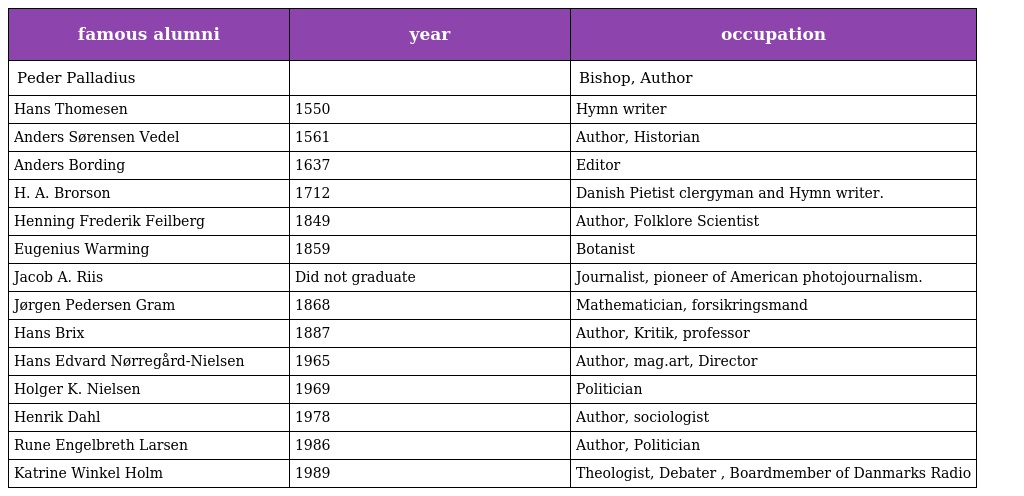
| famous alumni | year | occupation |
 | --- | --- | --- |
 | Peder Palladius |  | Bishop, Author |
 | Hans Thomesen | 1550 | Hymn writer |
 | Anders Sørensen Vedel | 1561 | Author, Historian |
 | Anders Bording | 1637 | Editor |
 | H. A. Brorson | 1712 | Danish Pietist clergyman and Hymn writer. |
 | Henning Frederik Feilberg | 1849 | Author, Folklore Scientist |
 | Eugenius Warming | 1859 | Botanist |
 | Jacob A. Riis | Did not graduate | Journalist, pioneer of American photojournalism. |
 | Jørgen Pedersen Gram | 1868 | Mathematician, forsikringsmand |
 | Hans Brix | 1887 | Author, Kritik, professor |
 | Hans Edvard Nørregård-Nielsen | 1965 | Author, mag.art, Director |
 | Holger K. Nielsen | 1969 | Politician |
 | Henrik Dahl | 1978 | Author, sociologist |
 | Rune Engelbreth Larsen | 1986 | Author, Politician |
 | Katrine Winkel Holm | 1989 | Theologist, Debater , Boardmember of Danmarks Radio |